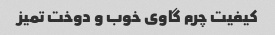
کیفیت چرم گاوی خوب و دوخت تمیز